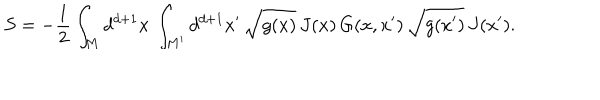
S = - \frac { 1 } { 2 } \int _ { M } d ^ { d + 1 } x \, \int _ { M ^ { \prime } } d ^ { d + 1 } x ^ { \prime } \, \sqrt { g ( x ) } \, J ( x ) \, G ( x , x ^ { \prime } ) \, \sqrt { g ( x ^ { \prime } ) } \, J ( x ^ { \prime } ) .